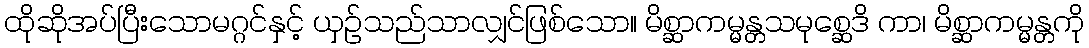
ထိုဆိုအပ်ပြီးသောမဂ္ဂင်နှင့် ယှဉ်သည်သာလျှင်ဖြစ်သော။ မိစ္ဆာကမ္မန္တသမုစ္ဆေဒိ ကာ၊ မိစ္ဆာကမ္မန္တကို